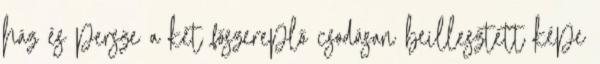
ház és persze a két főszereplő csodásan beillesztett képe